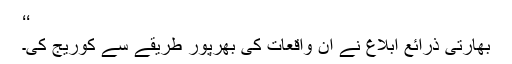
‘‘
بھارتی ذرائع ابلاغ نے ان واقعات کی بھرپور طریقے سے کوریج کی۔